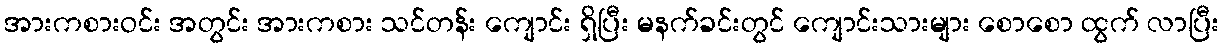
အားကစားဝင်း အတွင်း အားကစား သင်တန်း ကျောင်း ရှိပြီး မနက်ခင်းတွင် ကျောင်းသားများ စောစော ထွက် လာပြီး